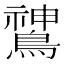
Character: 𬷫